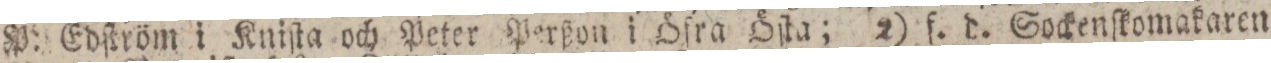
P: Edſtröm i Kniſta och Peter Perßon i Öfra Öſta; 2) f. d. Sockenſkomakaren